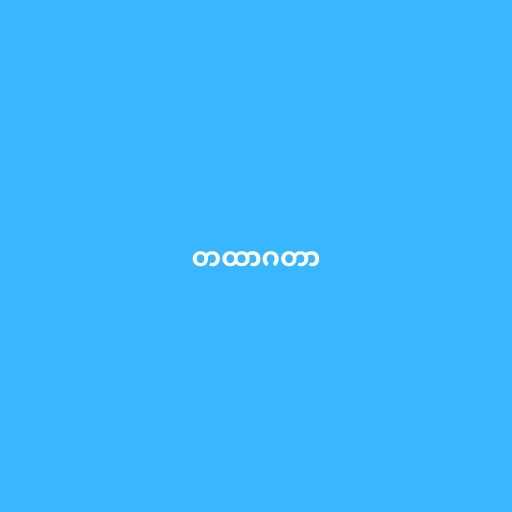
တထာဂတာ